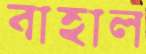
বাহাল